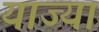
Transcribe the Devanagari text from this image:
याज्या